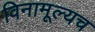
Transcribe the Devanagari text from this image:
विनामूल्यच